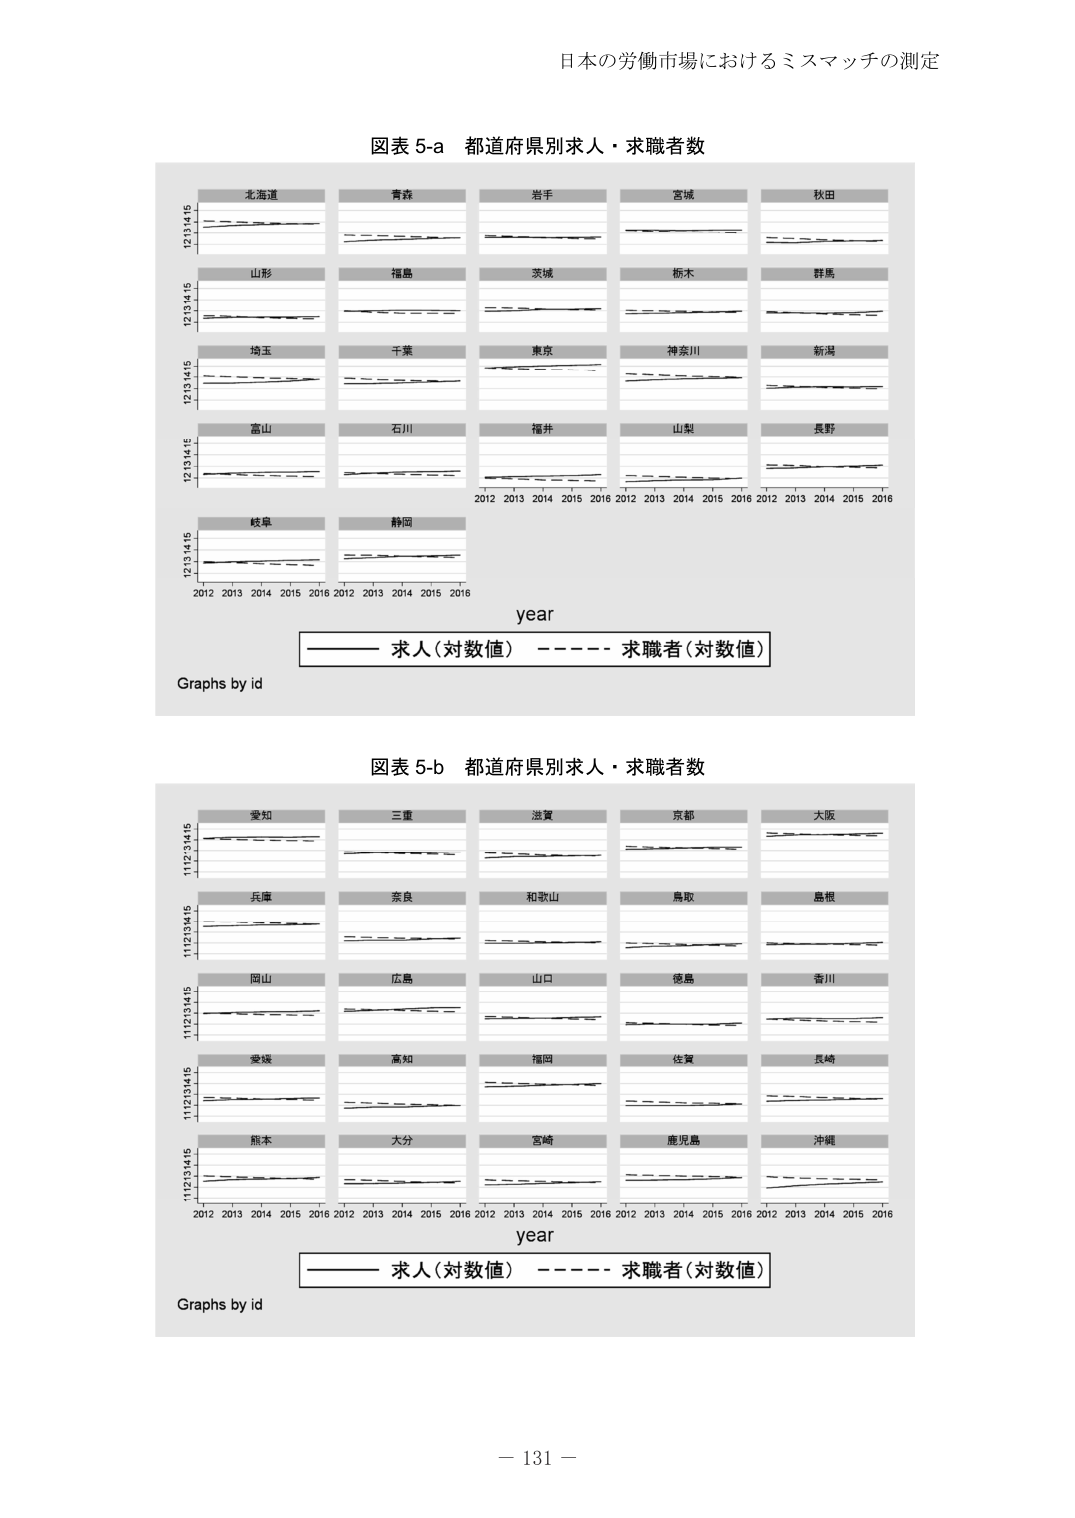
日本の労働市場におけるミスマッチの測定

図表 5-a 都道府県別求人・求職者数

北海道
青森
岩手
宮城
秋田
山形
福島
茨城
栃木
群馬
埼玉
千葉
東京
神奈川
新潟
富山
石川
福井
山梨
長野
岐阜
静岡

2012 2013 2014 2015 2016
year

求人（対数値） ————
求職者（対数値） ————

Graphs by id

図表 5-b 都道府県別求人・求職者数

愛知
三重
滋賀
京都
大阪
兵庫
奈良
和歌山
鳥取
島根
岡山
広島
山口
徳島
香川
愛媛
高知
福岡
佐賀
長崎
熊本
大分
宮崎
鹿児島
沖縄

2012 2013 2014 2015 2016
year

求人（対数値） ————
求職者（対数値） ————

Graphs by id

－ 131 －